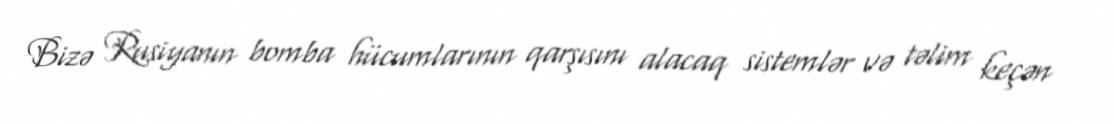
Bizə Rusiyanın bomba hücumlarının qarşısını alacaq sistemlər və təlim keçən